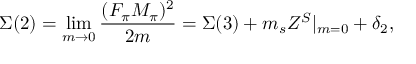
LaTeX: \Sigma ( 2 ) = \operatorname * { l i m } _ { m \to 0 } \frac { ( F _ { \pi } M _ { \pi } ) ^ { 2 } } { 2 m } = \Sigma ( 3 ) + m _ { s } Z ^ { S } | _ { m = 0 } + \delta _ { 2 } ,